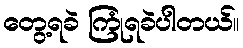
တွေ့ရခဲ ကြုံရခဲပါတယ်။